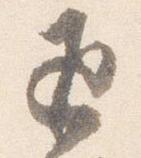
返